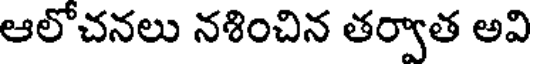
ఆలోచనలు నశించిన తర్వాత అవి